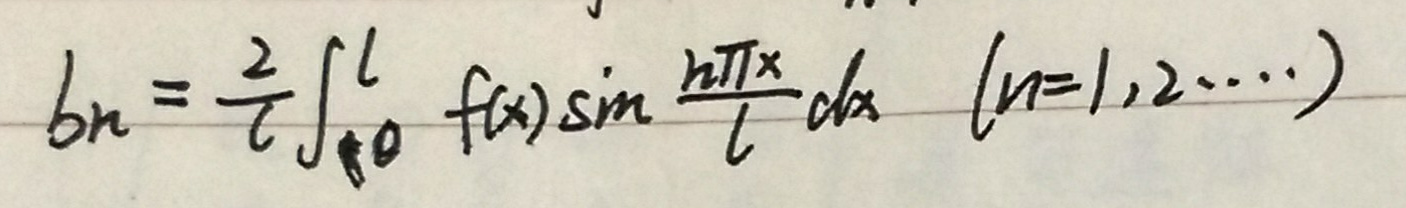
\[
b_n = \frac{2}{l} \int_{0}^{l} f(x) \sin \frac{n\pi x}{l} dx \quad (n = 1,2,\cdots)
\]